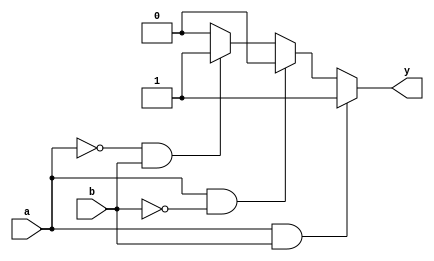
module if_else_example (
    input wire a,
    input wire b,
    output reg y
);

always @ (*)
begin
    if (a && b) begin
        y <= 1;
    end
    else if (a && !b) begin
        y <= 2;
    end
    else if (!a && b) begin
        y <= 3;
    end
    else begin
        y <= 4;
    end
end

endmodule